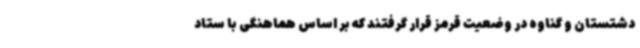
دشتستان و گناوه در وضعیت قرمز قرار گرفتند که بر اساس هماهنگی با ستاد